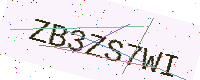
Text: ZB3ZS7WI